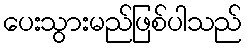
ပေးသွားမည်ဖြစ်ပါသည်